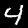
Digit: 4